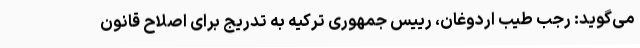
می‌گوید: رجب طیب اردوغان، رییس جمهوری ترکیه به تدریج برای اصلاح قانون